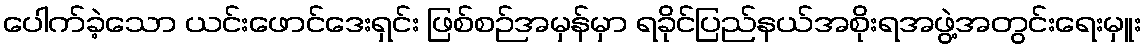
ပေါက်ခဲ့သော ယင်းဖောင်ဒေးရှင်း ဖြစ်စဉ်အမှန်မှာ ရခိုင်ပြည်နယ်အစိုးရအဖွဲ့အတွင်းရေးမှူး